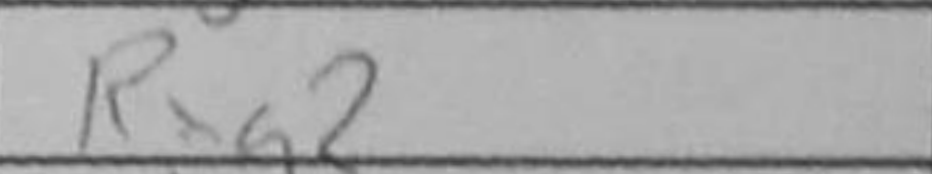
Transcription: Rxg2